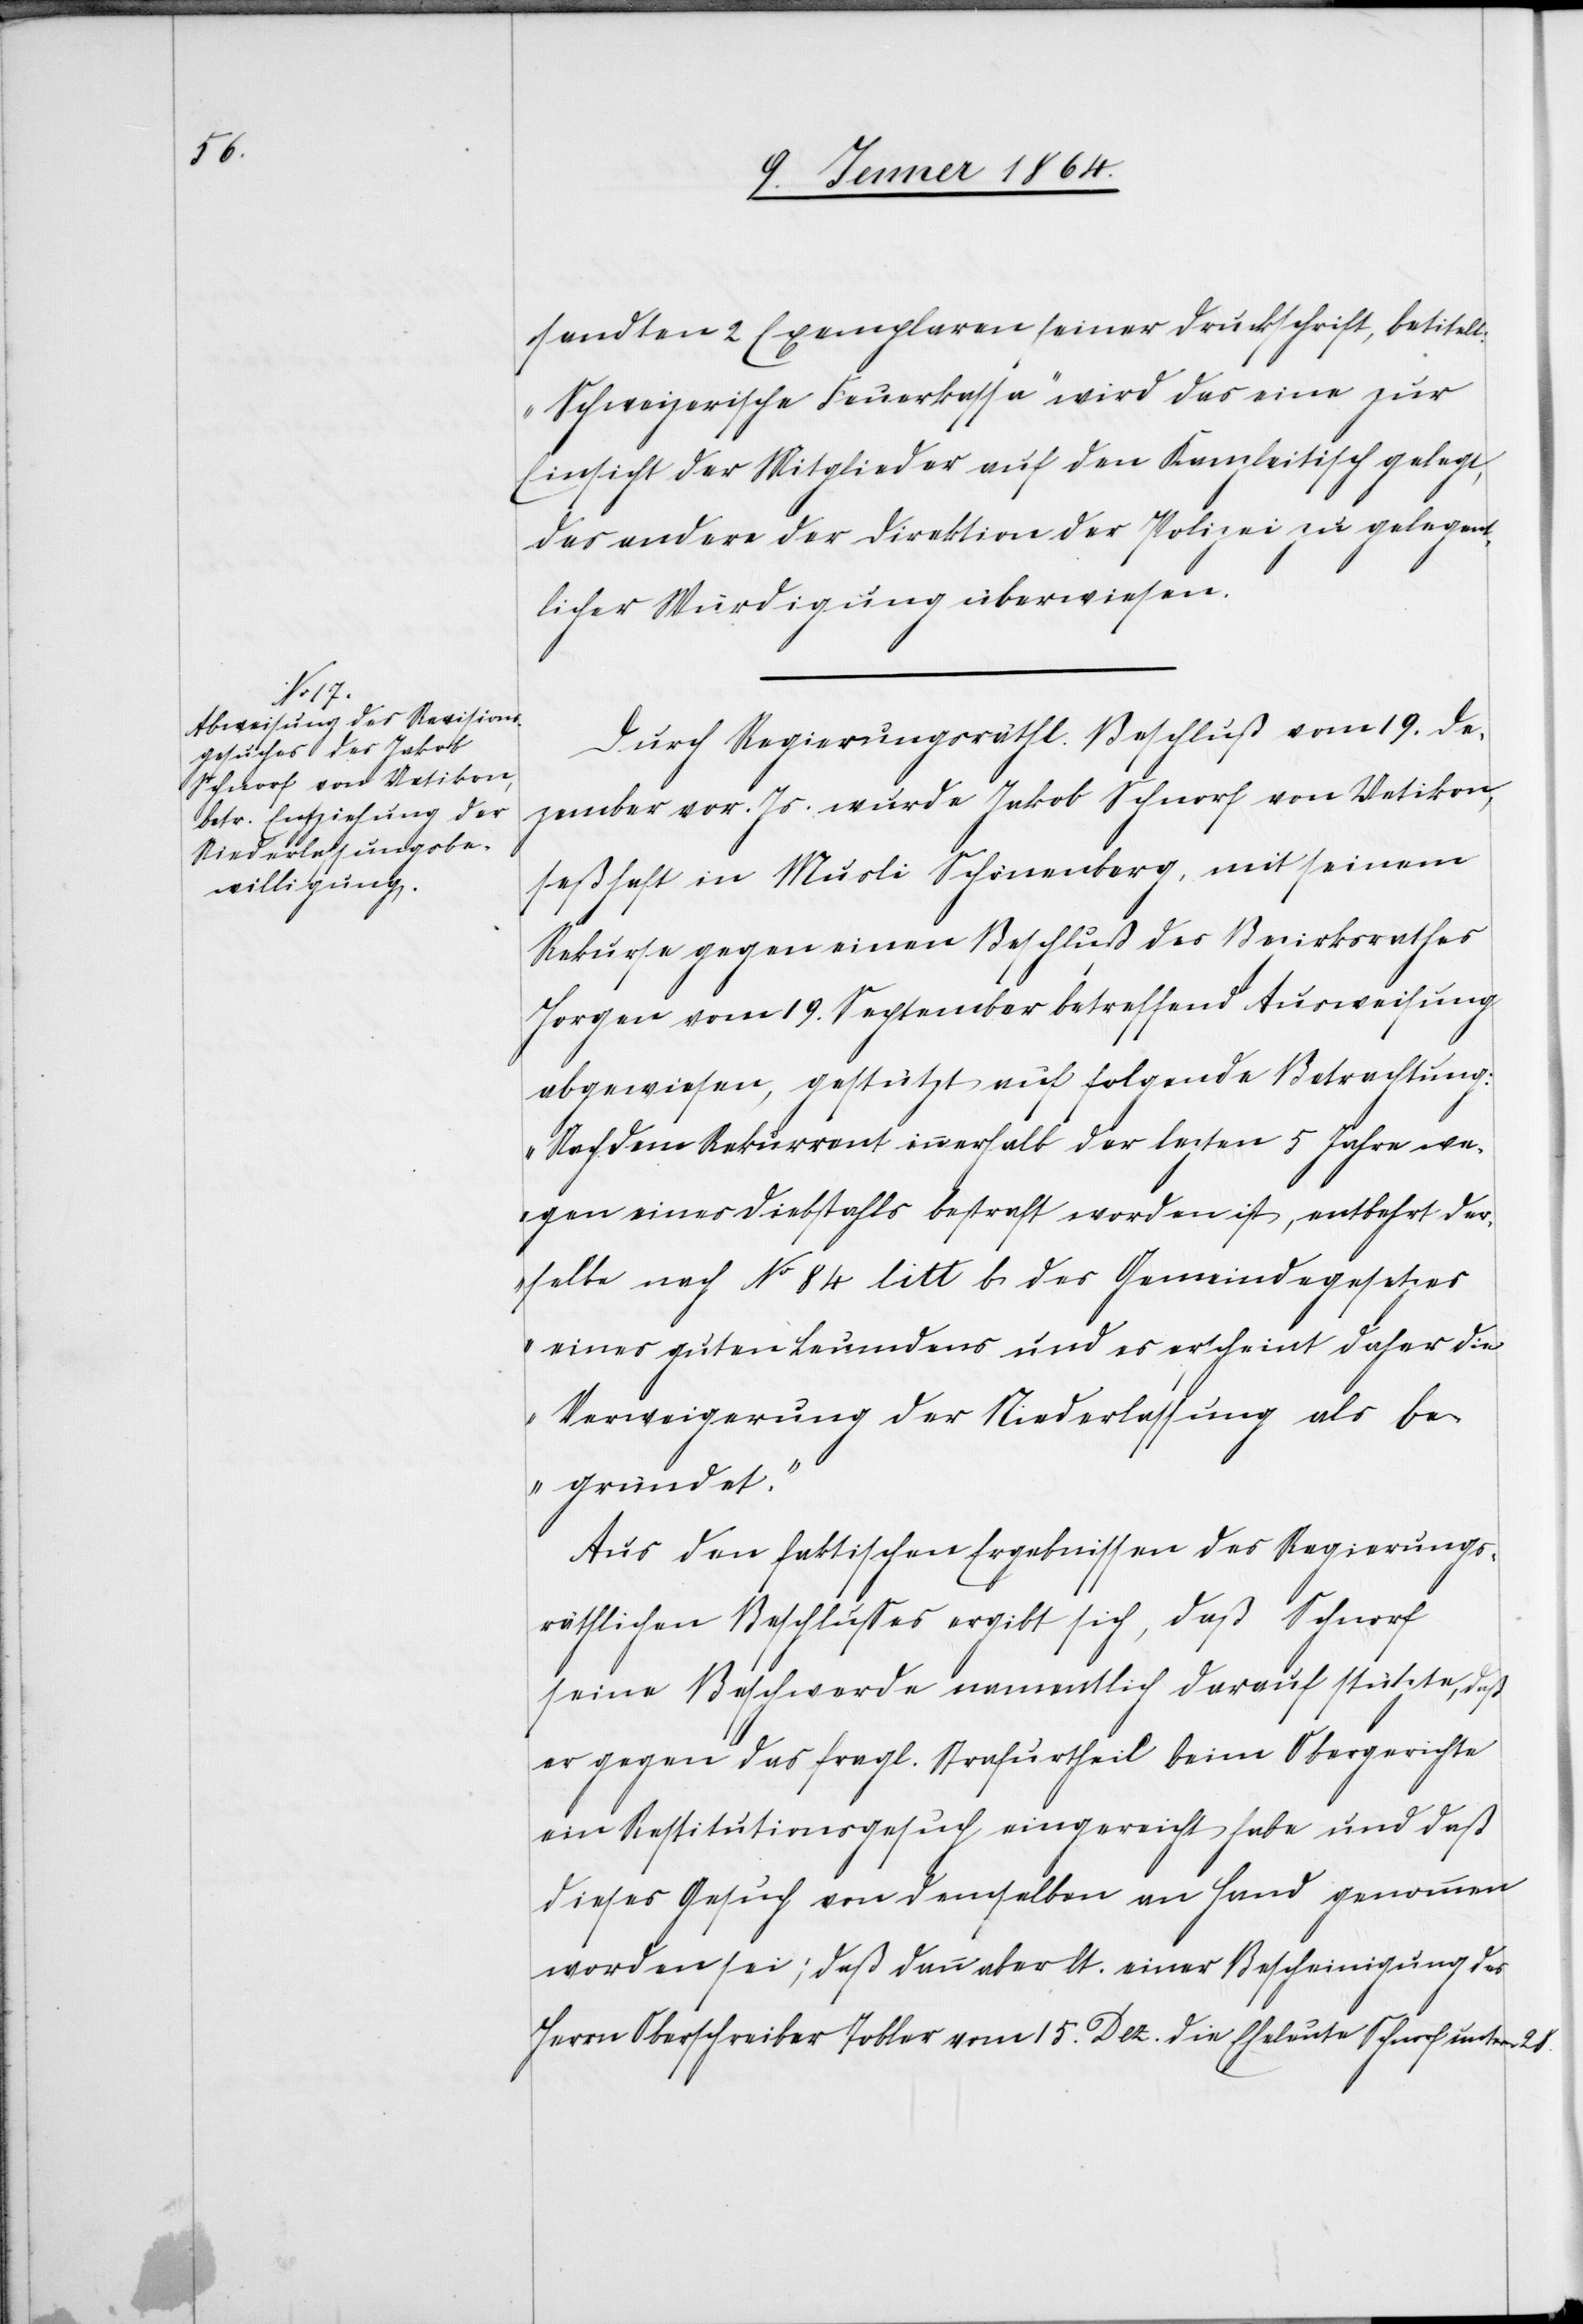
sendeten 2 Exemplaren seiner Druckschrift, betitelt:
„Schweizerische Feuerkassa“ wird der eine zur
Einsicht der Mitglieder auf den Kanzleitisch gelangen,
das andere der Direktion der Polizei zu gelegen¬
tlicher Würdigung überwiesen.
Durch Regierungsräthl. Beschluß vom 19. De¬
zember vor. Js. wurde Jakob Schnorf von Uetikon,
seßhaft in Musli Schönenberg, mit seinem
Rekurse gegen einen Beschluß des Bezirksrathes
Horgen vom 19. Dezember betreffend Ausweisung
abgewiesen, gestützt auf folgende Betrachtung:
„Nachdem Rekurrent innerhalb der lezten 5 Jahre we¬
gen eines Diebstahls bestraft worden ist, entbehrt der¬
selbe nach Nr 84 litt b des Gemeindegesetzes
eines guten Leumdens und es erscheint daher die
Verweigerung der Niederlassung als be¬
gründet.“
Aus den faktischen Ergebnissen des Regierungs¬
räthlichen Beschlusses ergibt sich, daß Schnorf
seine Beschwerde namentlich darauf stützte, daß
er gegen das fragl. Strafurtheil beim Obergerichte
ein Restitutionsgesuch eingereicht habe und daß
dieses Gesuch von demselben an Hand genommen
worden sei; daß dann aber lt. einer Bescheinigung des
Herrn Oberschreiber Tobler vom 15. Dez. die Eheleute Schnorf unterm 21.